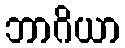
ဘာဂိယာ